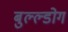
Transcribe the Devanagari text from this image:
बुल्ल्डोग